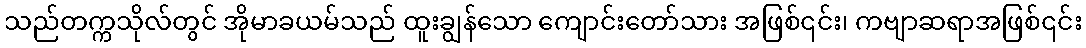
သည်တက္ကသိုလ်တွင် အိုမာခယမ်သည် ထူးချွန်သော ကျောင်းတော်သား အဖြစ်၎င်း၊ ကဗျာဆရာအဖြစ်၎င်း